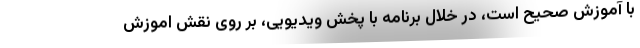
با آموزش صحیح است، در خلال برنامه با پخش ویدیویی، بر روی نقش اموزش